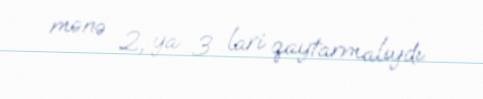
mənə 2, ya 3 lari qaytarmalıydı.